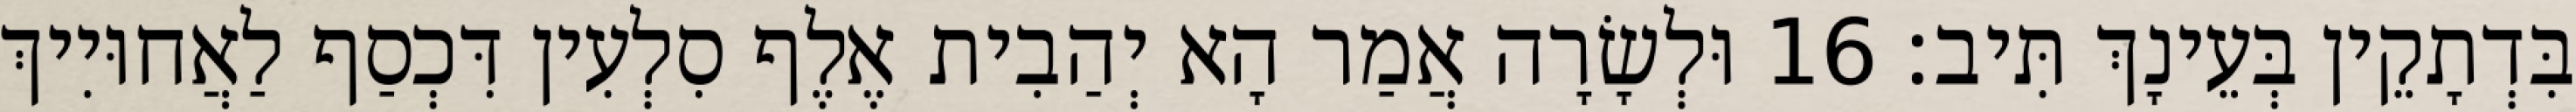
בִּדְתָקֵין בְּעֵינָךְ תִּיב׃ 16 וּלְשָׂרָה אֲמַר הָא יְהַבִית אֶלֶף סִלְעִין דִּכְסַף לַאֲחוּיִיךְ